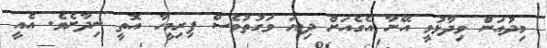
މިދުއަން ވިދާޅުވީ އޭނާ އެގެއަށް ދިޔަ ވަގުތުވެސް ފިރިމީހާ އޮތީ ނިދާށެވެ. އެއީ